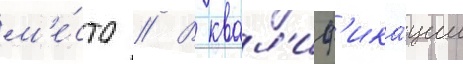
м'е́сто // В квал'иф'ика́ции